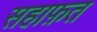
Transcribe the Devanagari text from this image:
सहाफ़त